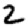
Digit: 2